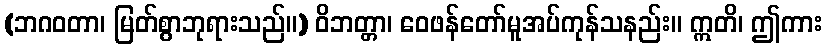
(ဘဂဝတာ၊ မြတ်စွာဘုရားသည်။) ဝိဘတ္တာ၊ ဝေဖန်တော်မူအပ်ကုန်သနည်း။ ဣတိ၊ ဤကား